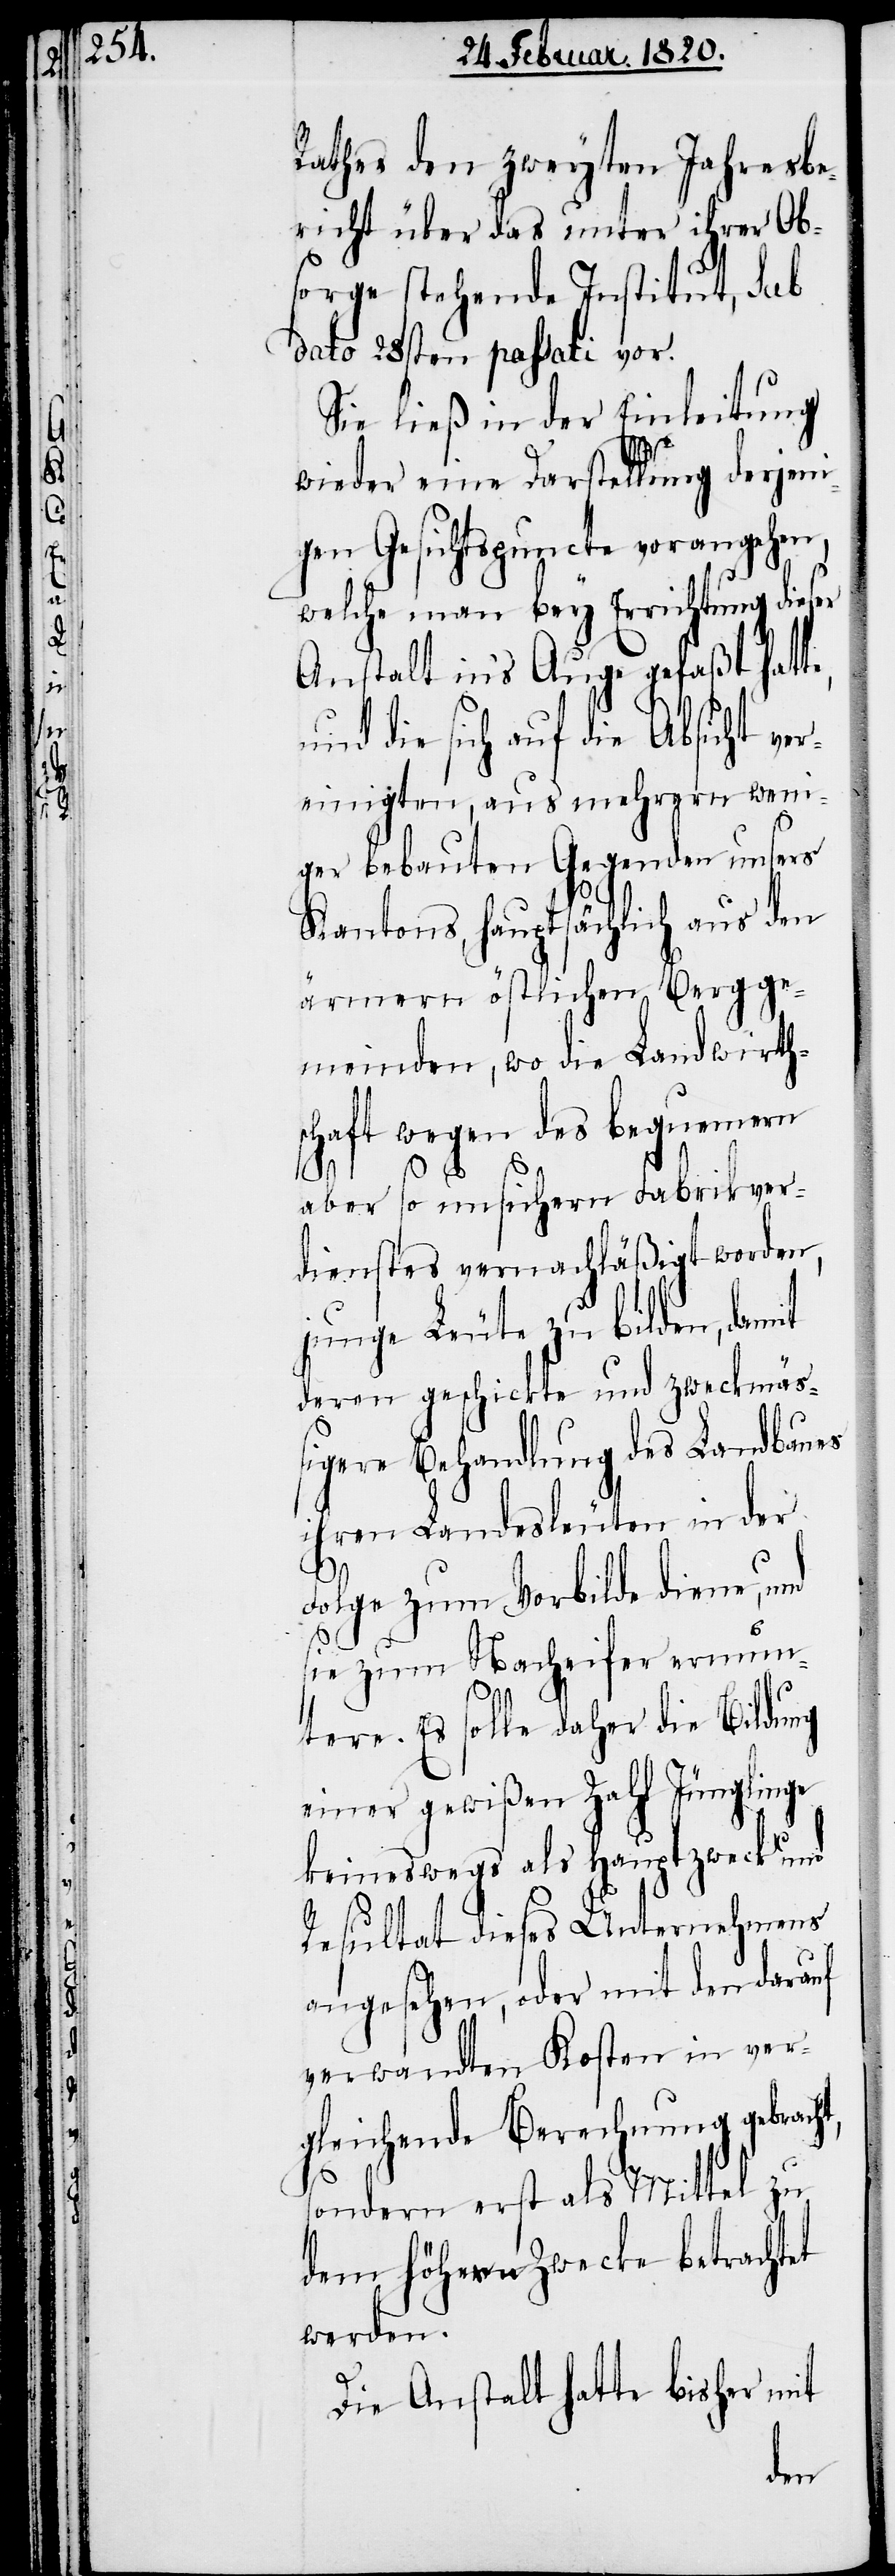
e,

Rathes den zweyten Jahresbe¬
richt über das unter ihrer Ob¬
sorge stehende Institut, sub
dato 28sten passati vor.
Sie ließ in der Einleitung
wieder eine Darstellung derjeni¬
gen Gesichtspuncte vorangehen,
welche man bey Errichtung dies¬
Anstalt in’s Auge gefaßt hatt¬
und die sich auf die Absicht ver¬
einigten, aus mehrern weni¬
ger bebauten Gegenden unsers
Kantons, hauptsächlich aus den
ärmern östlichen Bergge¬
meinden, wo die Landwirth¬
schaft wegen des bequemern
aber so unsichern Fabrikver¬
dienstes vernachläßigt worden,
junge Leute zu bilden, damit
deren geschickte und zweckmäß¬
igere Behandlung des Landbaues
ihren Landesleuten in der
t,
Folge zum Vorblide diene, und
sie zum Nacheifer ermun¬
tere. Es solle daher die Bildung
einer gewißen Zahl Jünglinge
keineswegs als Hauptzweck und
Resultat dieses Unternehmens
angesehen, oder mit den darauf
verwandten Kosten in ver¬
gleichende Berechnung gebrach¬
sondern erst als Mittel zu
dem höhern Zwecke betrachtet
werden.
Die Anstalt hatte bisher mit